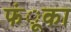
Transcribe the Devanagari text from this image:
फंूका